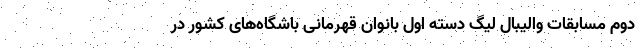
دوم مسابقات والیبال لیگ دسته اول بانوان قهرمانی باشگاه‌های کشور در